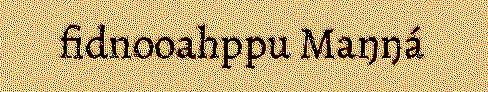
fidnooahppu Maŋŋá